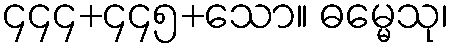
၄၄၄+၄၄၅+သော။ ဓမ္မေသု၊